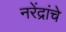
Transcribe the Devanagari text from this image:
नरेंद्रांचे